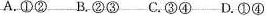
A.①② B.②③ C.③④ D.①④